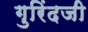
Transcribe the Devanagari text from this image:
गुरिंदजी